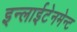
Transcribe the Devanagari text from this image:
इन्लाईटेनमेन्ट